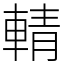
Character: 輤